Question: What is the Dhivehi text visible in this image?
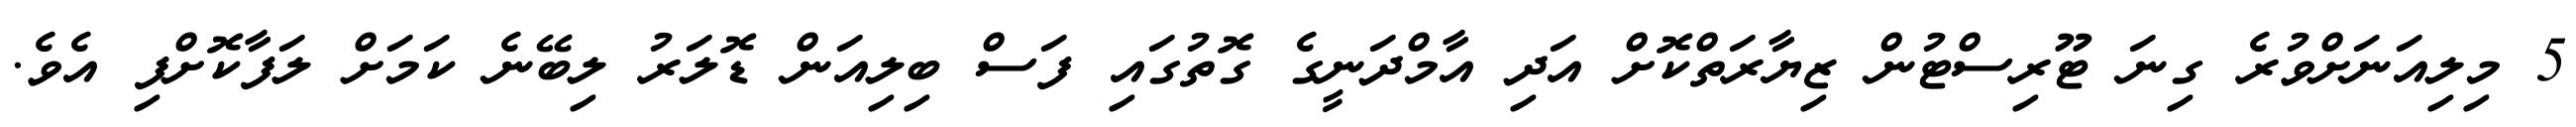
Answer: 5 މިލިއަނަށްވުރެ ގިނަ ޓޫރިސްޓުން ޒިޔާރަތްކޮށް އަދި އާމްދަނީގެ ގޮތުގައި ފަސް ބިލިއަން ޑޮލަރު ލިބޭނެ ކަމަށް ލަފާކޮށްފި އެވެ.